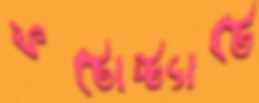
ফটোস্ট্যাটে